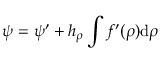
\psi = \psi ^ { \prime } + h _ { \rho } \int f ^ { \prime } ( \rho ) \mathrm { d } \rho